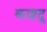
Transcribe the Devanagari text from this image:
काष्ठद्रु